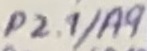
Text: P2.1/A9